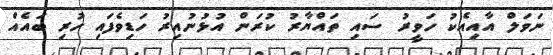
ނަވަލް އާއިއެކު ހަވީރު ސައި ތައްޔާރު ކުރަން އުޅުނުއިރު ހަޑިވެފައި ހުރި ބައެއް